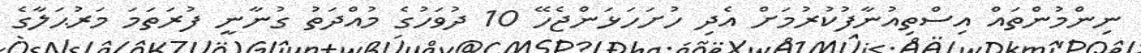
ނިންމުންތައް އިސްތިއުނާފުކުރުމަށް އެދި ހުށަހަޅަންޖެހޭ 10 ދުވަހުގެ މުއްދަތު ގުނާނީ ފުރަތަމަ މަރުޙަލާގެ